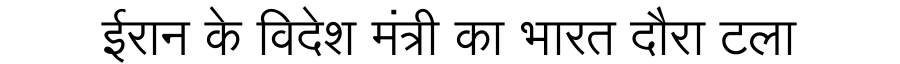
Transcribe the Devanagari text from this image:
ईरान के विदेश मंत्री का भारत दौरा टला